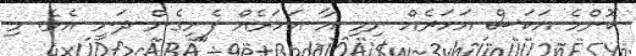
ކޮންމެ އަކަސް އަހަރެއް ނިމި އާ އަހަރެއް ފެށިގެން ދަނީ އެވެ. މި